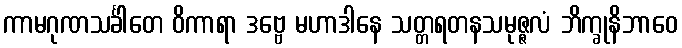
ကာမဂုဏသင်္ခါတေ ဝိကာရာ ဒဗ္ဗေ မဟာဒါနေ သတ္တရတနသမုဇ္ဇလံ ဘိက္ခုနိဘာဝေ